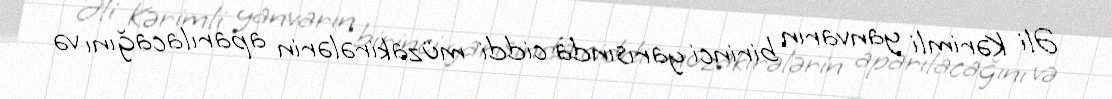
Əli Kərimli yanvarın birinci yarısında ciddi müzakirələrin aparılacağını və